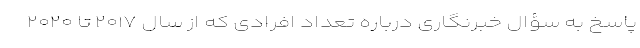
پاسخ به سؤال خبرنگاری درباره تعداد افرادی که از سال ۲۰۱۷ تا ۲۰۲۰